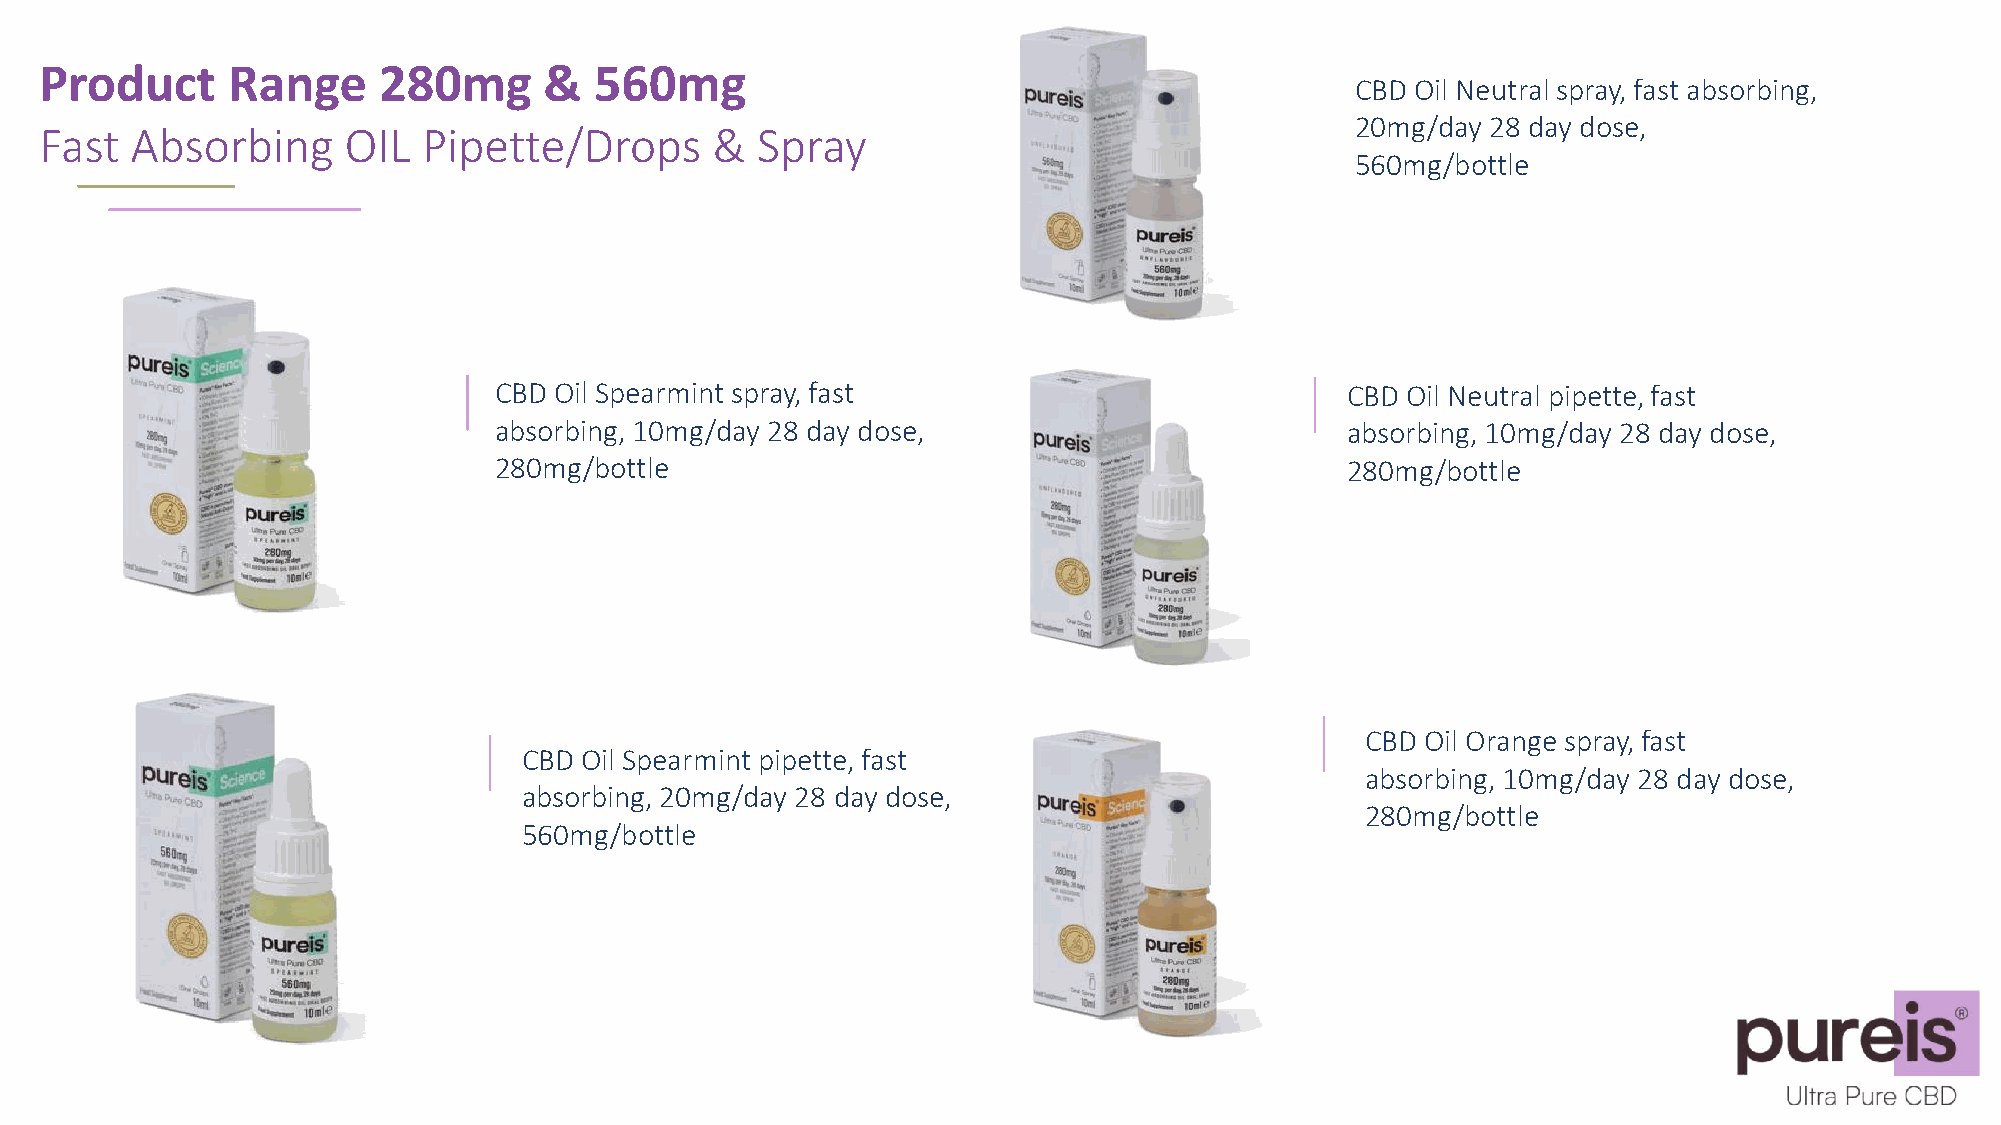
Product     Range     280mg      &  560mg
 CBD Oil Neutral spray, fast absorbing,
 20mg/day 28 day dose,
 Fast  Absorbing     OIL  Pipette/Drops      &  Spray
 560mg/bottle
 CBD Oil Spearmint spray, fast                           CBD Oil Neutral pipette, fast
 absorbing, 10mg/day 28 day dose,                        absorbing, 10mg/day 28 day dose,
 280mg/bottle                                            280mg/bottle
 CBD Oil Orange spray, fast
 CBD Oil Spearmint pipette, fast
 absorbing, 10mg/day 28 day dose,
 absorbing, 20mg/day 28 day dose,
 280mg/bottle
 560mg/bottle